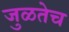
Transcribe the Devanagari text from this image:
जुळतेच